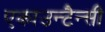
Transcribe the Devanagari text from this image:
एकाउन्टैन्सी